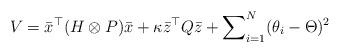
LaTeX: \begin{align*}V=\bar x^\top (H\otimes P)\bar x+ \kappa \bar z^\top Q\bar z+\sum\nolimits_{i=1}^N(\theta_i-\Theta)^2\end{align*}